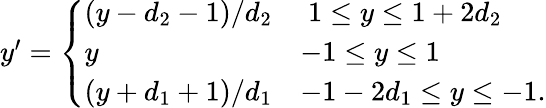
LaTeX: \begin{array}{r}{y^{\prime}=\left\{ \begin{array}{ll}{\left(y-d_{2}-1\right)/{d_{2}}}&{\; 1\leq y\leq 1+2d_{2}}\\ {y}&{-1\leq y\leq 1}\\ {\left(y+d_{1}+1\right)/{d_{1}}}&{-1-2d_{1}\leq y\leq-1.}\end{array}\right.}\end{array}